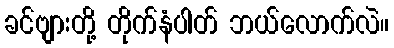
ခင်ဗျားတို့ တိုက်နံပါတ် ဘယ်လောက်လဲ။